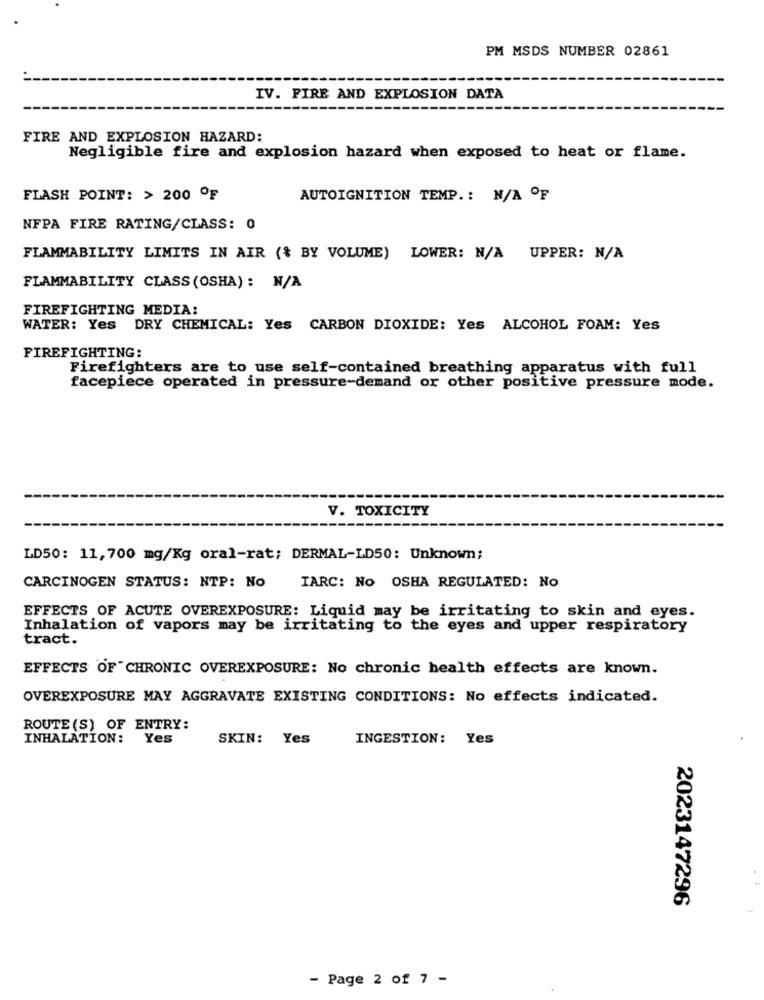
PM MSDS NUMBER 02861
IV. FIRE AND EXPLOSION DATA
FIRE AND EXPLOSION HAZARD:
Negligible fire and explosion hazard when exposed to heat or flame.
FLASH POINT: > 200 OF
AUTOIGNITION TEMP .: N/A OF
NFPA FIRE RATING/CLASS: 0
FLAMMABILITY LIMITS IN AIR (& BY VOLUME) LOWER: N/A UPPER: N/A
FLAMMABILITY CLASS (OSHA): N/A
FIREFIGHTING MEDIA:
WATER: Yes DRY CHEMICAL: Yes CARBON DIOXIDE: Yes ALCOHOL FOAM: Yes
FIREFIGHTING:
Firefighters are to use self-contained breathing apparatus with full
facepiece operated in pressure-demand or other positive pressure mode.
V. TOXICITY
LD50: 11,700 mg/Kg oral-rat; DERMAL-LD50: Unknown;
CARCINOGEN STATUS: NTP: No
IARC: NO OSHA REGULATED: No
EFFECTS OF ACUTE OVEREXPOSURE: Liquid may be irritating to skin and eyes.
Inhalation of vapors may be irritating to the eyes and upper respiratory
tract.
EFFECTS OF CHRONIC OVEREXPOSURE: No chronic health effects are known.
OVEREXPOSURE MAY AGGRAVATE EXISTING CONDITIONS: No effects indicated.
ROUTE (S) OF ENTRY:
INHALATION: Yes
SKIN: Yes
INGESTION: Yes
2023147296
- Page 2 of 7 -